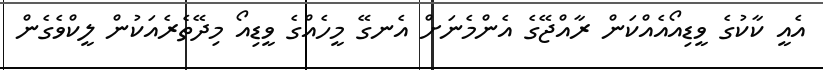
އެއީ ކާކުގެ ވީޑިއޯއެއްކަން ރާއްޖޭގެ އެންމެނަށް އެނގޭ މީހެއްގެ ވީޑިއޯ މިދޭތެރެއަކުން ލީކްވެގެން